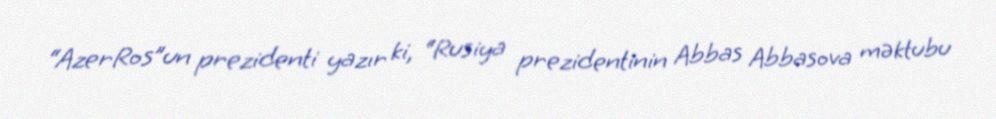
“AzerRos”un prezidenti yazır ki, “Rusiya prezidentinin Abbas Abbasova məktubu